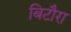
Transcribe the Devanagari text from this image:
बिटौरा